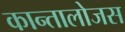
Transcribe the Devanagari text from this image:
कान्तालोजस